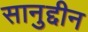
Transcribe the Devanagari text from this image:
सानुद्दीन